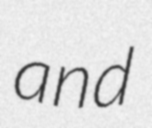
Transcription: and